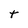
Character: t